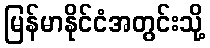
မြန်မာနိုင်ငံအတွင်းသို့